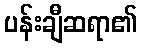
ပန်းချီဆရာ၏